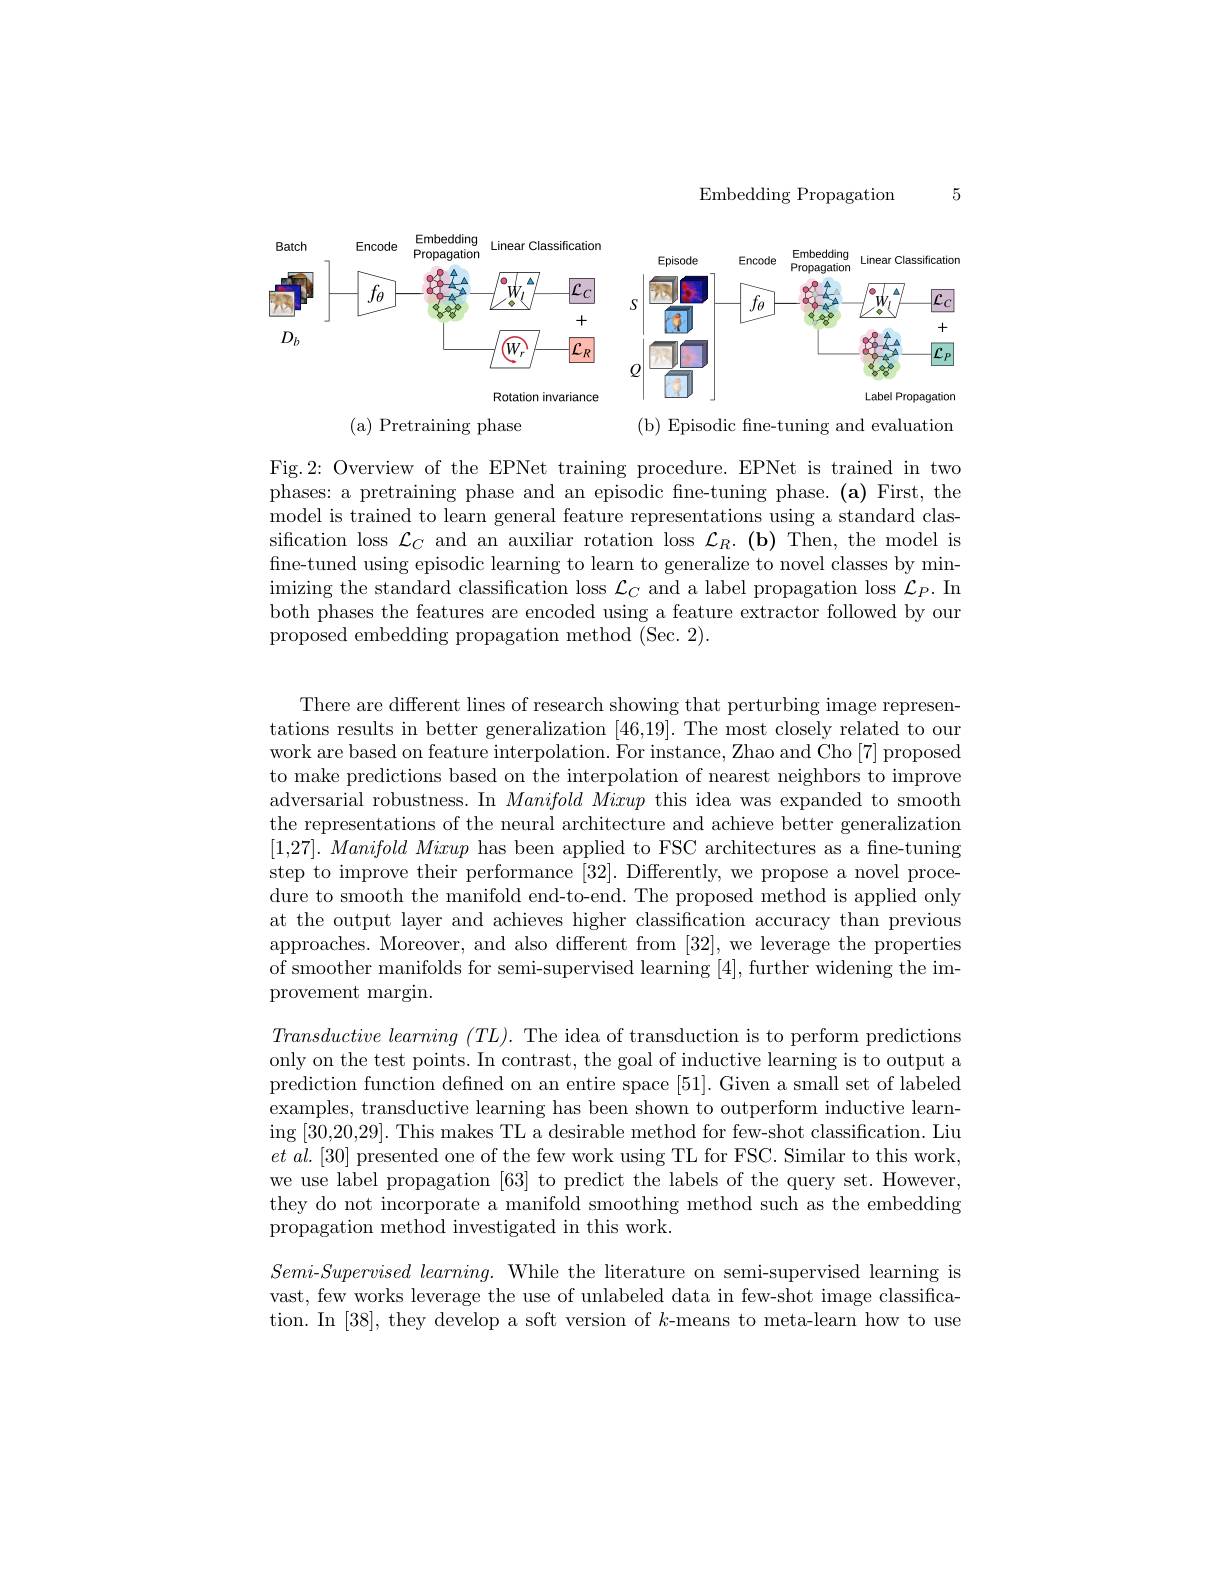
${\mathrm{Embedding~Propagation}}$

<FigureHere>

( a) Pretraining phase

(b) Episodic fne-tuning and evaluation

Fig.2: Overview of the EPNet training procedure. EPNet is trained in two phases: a pretraining phase and an episodic fine-tuning phase.(a) First, the model is trained to learn general feature representations using a standard classification loss $\mathcal{L}_C$ and an auxiliar rotation loss $\mathcal{L} _R. \textbf{( b) }$ Then, the model is fine-tuned using episodic learning to learn to generalize to novel classes by minimizing the standard classification loss $\mathcal{L}_C$ and a label propagation loss $\mathcal{L}_P.$ In both phases the features are encoded using a feature extractor followed by our proposed embedding propagation method (Sec. 2).

There are different lines of research showing that perturbing image representations results in better generalization [46,19]. The most closely related to our work are based on feature interpolation. $\dot{\text{For instance,Zhao and Cho[7] proposed}}$ to make predictions based on the interpolation of nearest neighbors to improve adversarial robustness. In Manifold Mixup this idea was expanded to smooth the representations of the neural architecture and achieve better generalization $[ 1, 27] . \textit{ Manifold Mixup has been applied to FSC architectures as a fine- tuning}$ step to improve their performance [32]. Differently, we propose a novel procedure to smooth the manifold end-to-end. The proposed method is applied only at the output layer and achieves higher classification accuracy than previous approaches. Moreover, and also different from [32], we leverage the properties of smoother manifolds for semi-supervised learning [4],further widening the improvement margin.

$Transductive\textit{ learming ( TL) . The idea of transduction is to perform predictions}$ only on the test points. In contrast, the goal of inductive learning is to output a prediction function defined on an entire space [51]. Given a small set of labeled examples, transductive learning has been shown to outperform inductive learning [30,20,29]. This makes TL a desirable method for few-shot classification. Liu $et\textit{ al. [ 30] presented one of the few work using TL for FSC. Similar to this work, }$ we use label propagation [63] to predict the labels of the query set. However, they do not incorporate a manifold smoothing method such as the embedding propagation method investigated in this work.
$Semi-Supervised~learning.~$While the literature on semi-supervised learning is vast, few works leverage the use of unlabeled data in few-shot image classifica-

tion. In [38], they develop a soft version of $k$-means to meta-learn how to use